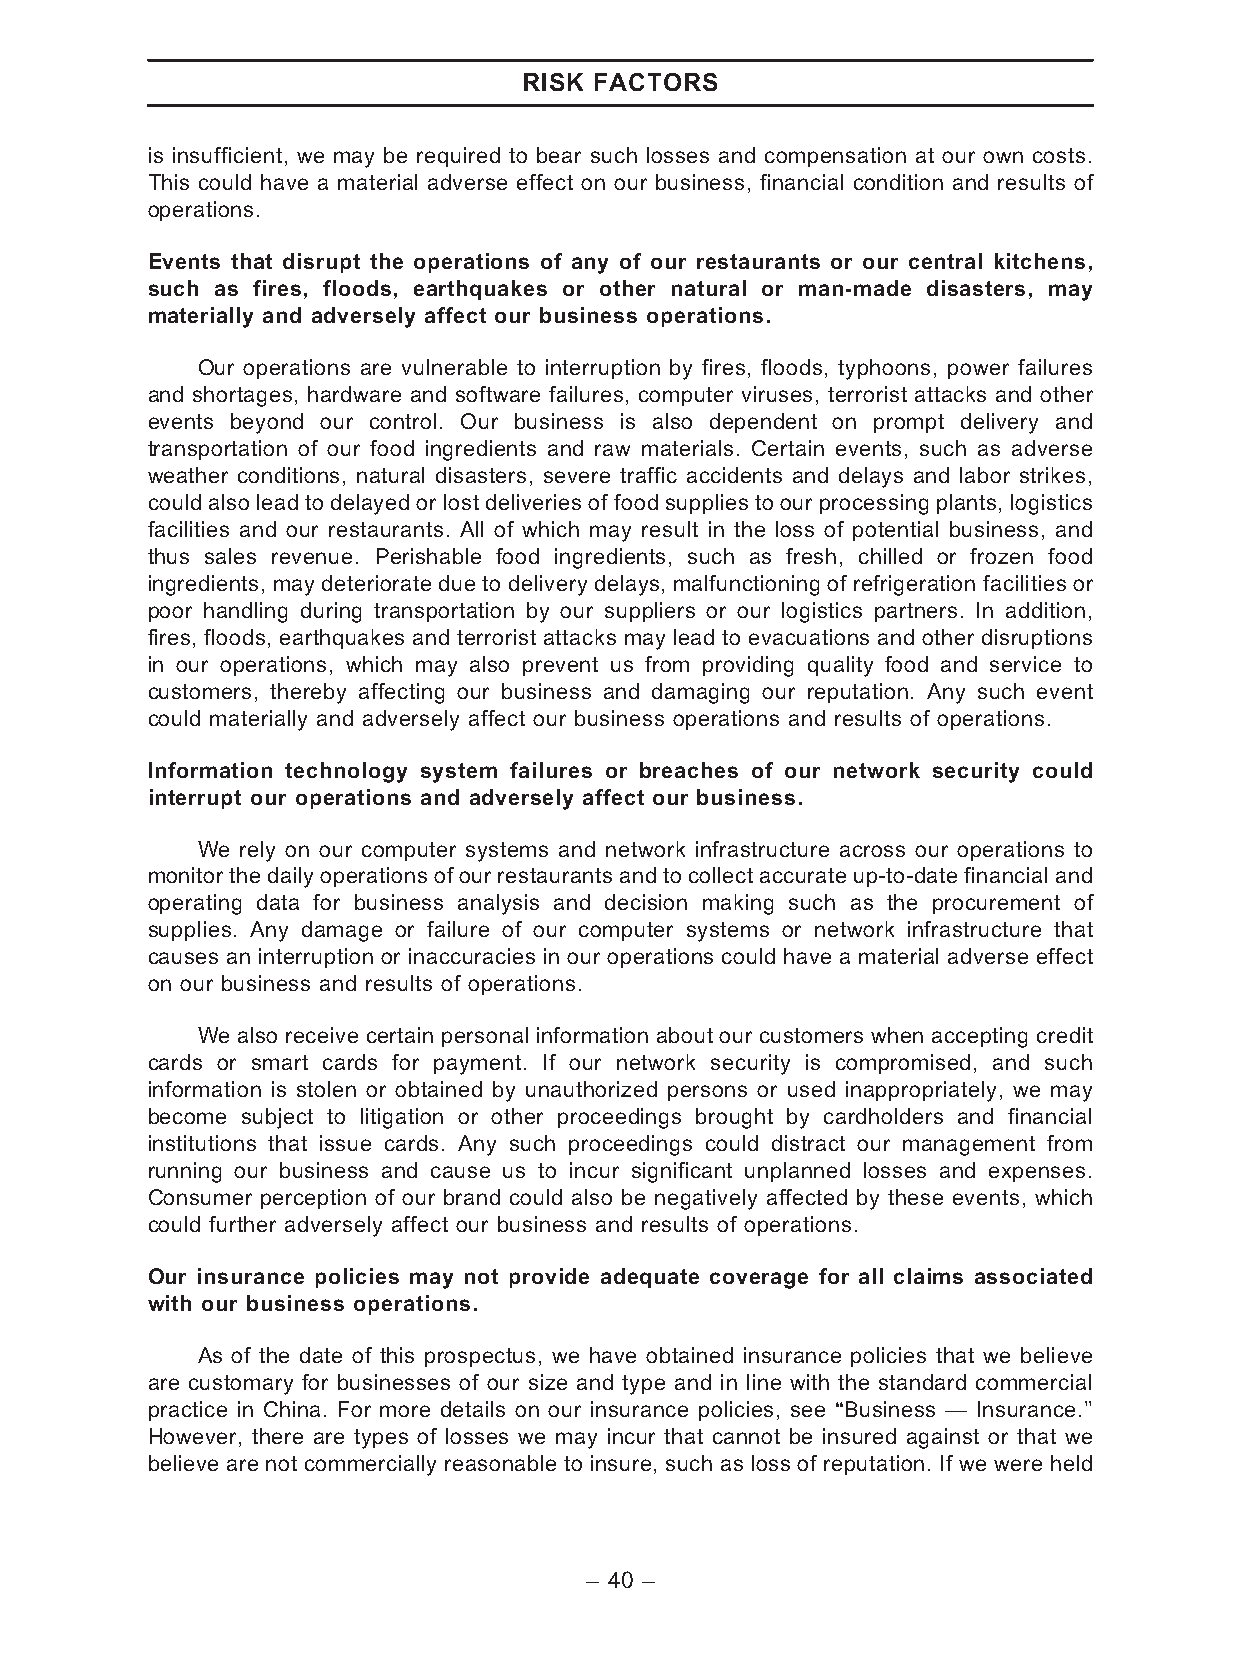
RISK FACTORS
 is insufficient, we may be required to bear such losses and compensation at our own costs.
 This could have a material adverse effect on our business, financial condition and results of
 operations.
 Events that disrupt the operations of any of our restaurants or our central kitchens,
 such as fires, floods, earthquakes or other natural or man-made disasters, may
 materially and adversely affect our business operations.
 Our operations are vulnerable to interruption by fires, floods, typhoons, power failures
 and shortages, hardware and software failures, computer viruses, terrorist attacks and other
 events beyond our control. Our business is also dependent on prompt delivery and
 transportation of our food ingredients and raw materials. Certain events, such as adverse
 weather conditions, natural disasters, severe traffic accidents and delays and labor strikes,
 could also lead to delayed or lost deliveries of food supplies to our processing plants, logistics
 facilities and our restaurants. All of which may result in the loss of potential business, and
 thus sales revenue. Perishable food ingredients, such as fresh, chilled or frozen food
 ingredients, may deteriorate due to delivery delays, malfunctioning of refrigeration facilities or
 poor handling during transportation by our suppliers or our logistics partners. In addition,
 fires, floods, earthquakes and terrorist attacks may lead to evacuations and other disruptions
 in our operations, which may also prevent us from providing quality food and service to
 customers, thereby affecting our business and damaging our reputation. Any such event
 could materially and adversely affect our business operations and results of operations.
 Information technology system failures or breaches of our network security could
 interrupt our operations and adversely affect our business.
 We rely on our computer systems and network infrastructure across our operations to
 monitorthedailyoperationsofourrestaurantsandtocollectaccurateup-to-datefinancialand
 operating data for business analysis and decision making such as the procurement of
 supplies. Any damage or failure of our computer systems or network infrastructure that
 causes an interruption or inaccuracies in our operations could have a material adverse effect
 on our business and results of operations.
 We also receive certain personal information about our customers when accepting credit
 cards or smart cards for payment. If our network security is compromised, and such
 information is stolen or obtained by unauthorized persons or used inappropriately, we may
 become subject to litigation or other proceedings brought by cardholders and financial
 institutions that issue cards. Any such proceedings could distract our management from
 running our business and cause us to incur significant unplanned losses and expenses.
 Consumer perception of our brand could also be negatively affected by these events, which
 could further adversely affect our business and results of operations.
 Our insurance policies may not provide adequate coverage for all claims associated
 with our business operations.
 As of the date of this prospectus, we have obtained insurance policies that we believe
 are customary for businesses of our size and type and in line with the standard commercial
 practice in China. For more details on our insurance policies, see ‘‘Business — Insurance.’’
 However, there are types of losses we may incur that cannot be insured against or that we
 believe are not commercially reasonable to insure, such as loss of reputation. If we were held
 – 40 –